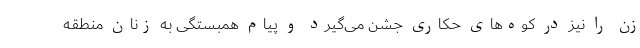
زن را نیز در کوه‌های حکاری جشن می‌گیرد و پیام همبستگی به زنان منطقه